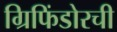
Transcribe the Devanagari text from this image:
ग्रिफिंडोरची